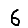
Digit: 6